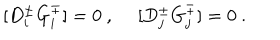
[ D _ { i } ^ { \pm } G _ { i } ^ { \mp } ] = 0 ~ , ~ ~ [ D _ { j } ^ { \pm } G _ { j } ^ { \mp } ] = 0 ~ .